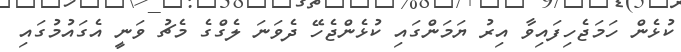
ކުޅެން ހަމަޖެހިފައިވާ އިރު ޔަމަންގައި ކުޅެންޖެހޭ ދެވަނަ ލެގްގެ މެޗު ވަނީ އެގައުމުގައި